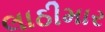
લાઠીમાર